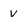
Character: v